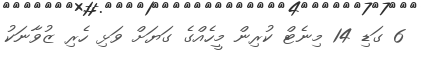
6 ގަޑި 14 މިނެޓް ކުރިން މީހެއްގެ ގަޔަށް ވަޅި ހެރި ޒުވާނަކު